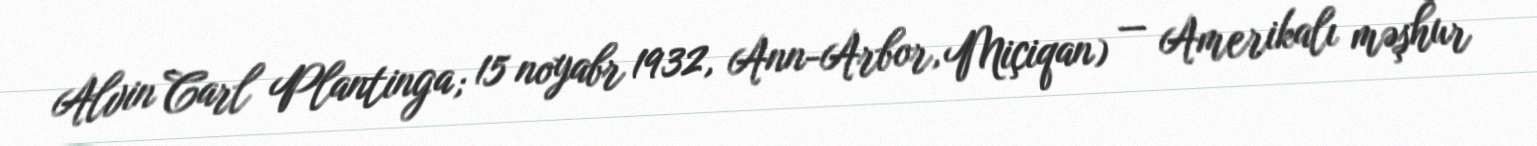
Alvin Carl Plantinga; 15 noyabr 1932, Ann-Arbor, Miçiqan) — Amerikalı məşhur